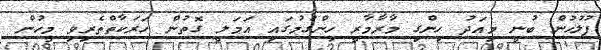
ފުލުހުން ބުނީ މިއަދު ހިންގި މާރާމާރީ ހިންގުމުގައި އަމަލީ ގޮތުން ހަރަކާތްތެރިވި މީހުން